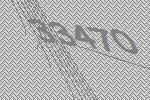
33470